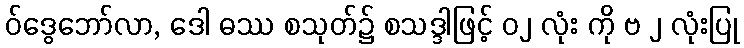
ဝ်ဒွေဘော်လာ, ဒေါ ဓဿ စသုတ်၌ စသဒ္ဒါဖြင့် ၀၂ လုံး ကို ဗ ၂ လုံးပြု